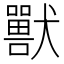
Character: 獸